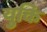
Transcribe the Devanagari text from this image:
युकि